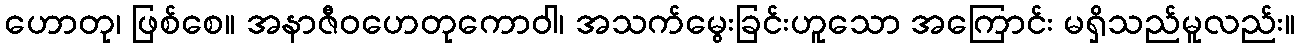
ဟောတု၊ ဖြစ်စေ။ အနာဇီဝဟေတုကောဝါ၊ အသက်မွေးခြင်းဟူသော အကြောင်း မရှိသည်မူလည်း။